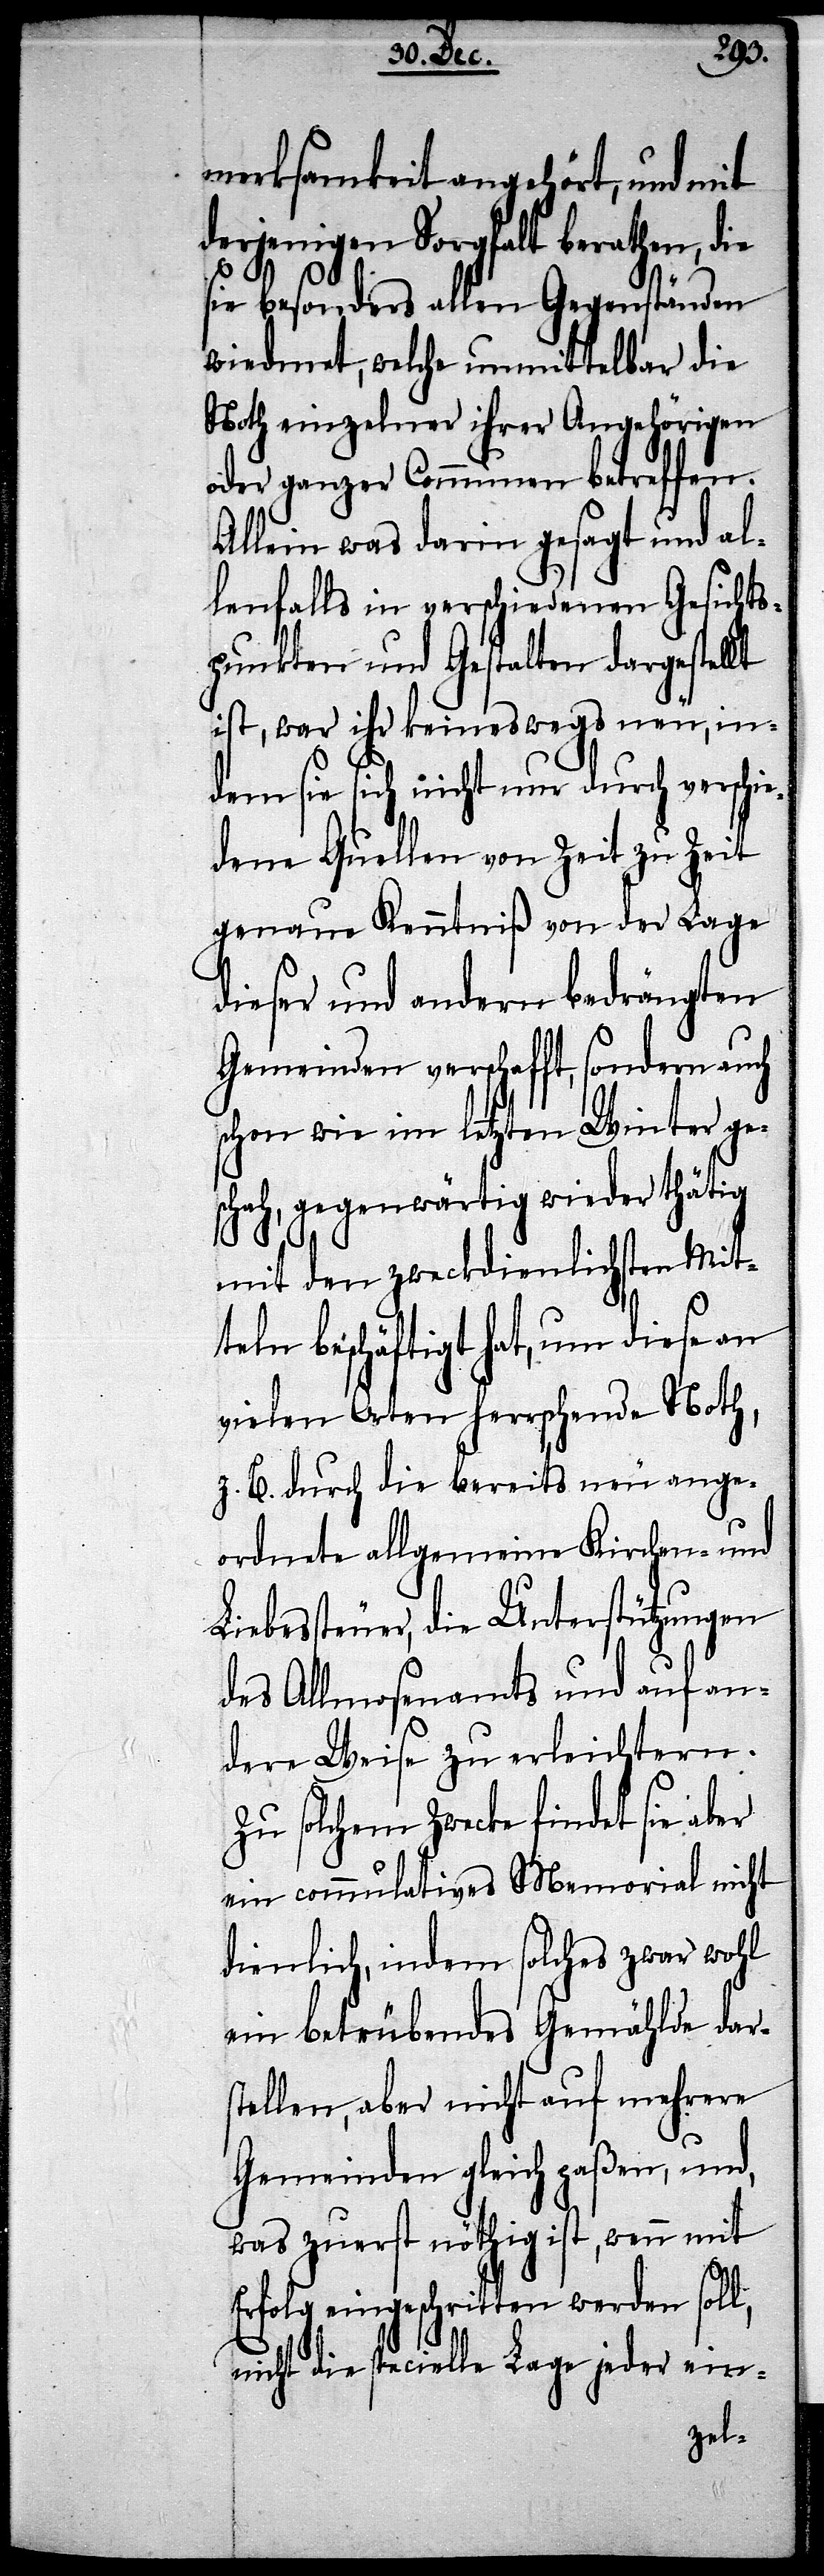
merksamkeit angehört, und mit
derjenigen Sorgfalt berathen, die
sie besonders allen Gegenständen
wiedmet, welche unmittelbar die
Noth einzelner ihrer Angehörigen
oder ganzer Communen betreffen.
Allein was darin gesagt und al¬
lenfalls in verschiedenen Gesichts¬
punkten und Gestalten dargestellt
ist, war ihr keineswegs neu, in¬
dem sie sich nicht nur durch verschie¬
dene Quellen von Zeit zu Zeit
genaue Kenntniß von der Lage
dieser und andern bedrängten
Gemeinden verschafft, sondern
schon wie im letzten Winter ge¬
schah, gegenwärtig wieder thätig
mit den zweckdienlichsten Mit¬
teln beschäftigt hat, um diese an
vielen Orten herrschen Noth,
z. B. durch die bereits neu ange¬
ordnete allgemeine Kirchen- und
Liebessteuer, die Unterstützungen
des Allmosenamts und auf an¬
dere Weise zu erleichtern.
Zu solchem Zwecke findet sie aber
ein commulatives Memorial nicht
dientlich, indem solches zwar wohl
ein betrübendes Gemählde dars¬
tellen, aber nicht auf mehrere
Gemeinden gleich paßen, und,
was zuerst nöthigt ist, wenn mit
Erfolg eingeschritten werden soll,
nicht die specielle Lage jeder ein-